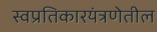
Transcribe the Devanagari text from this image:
स्वप्रतिकारयंत्रणेतील